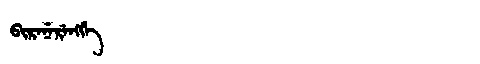
Manchu: ᠪᡳᡵᡝᠨᡝᡵᡝᠩᡤᡝ
Romanization: BIRENERENGGE